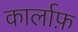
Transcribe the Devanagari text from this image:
कार्लाफ़